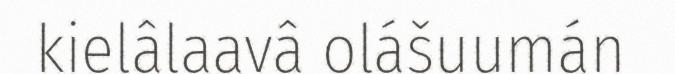
kielâlaavâ olášuumán